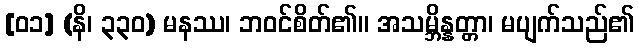
[၀၁] (နိ၊ ၃၃၀) မနဿ၊ ဘဝင်စိတ်၏။ အသမ္ဘိန္နတ္တာ၊ မပျက်သည်၏